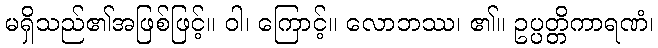
မရှိသည်၏အဖြစ်ဖြင့်။ ဝါ၊ ကြောင့်။ လောဘဿ၊ ၏။ ဥပ္ပတ္တိကာရဏံ၊